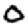
Digit: 0